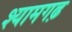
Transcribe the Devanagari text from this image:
श्यामगढ़